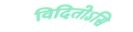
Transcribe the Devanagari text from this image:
विदितोऽसि